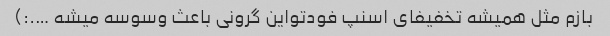
بازم مثل همیشه تخفیفای اسنپ فودتواین گرونی باعث وسوسه میشه ….:)